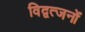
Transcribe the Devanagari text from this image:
विद्वत्जनों